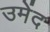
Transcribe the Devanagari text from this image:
उमेंद